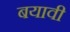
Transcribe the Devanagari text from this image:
बयावी